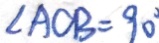
\angle A O B = 9 0 ^ { \circ }